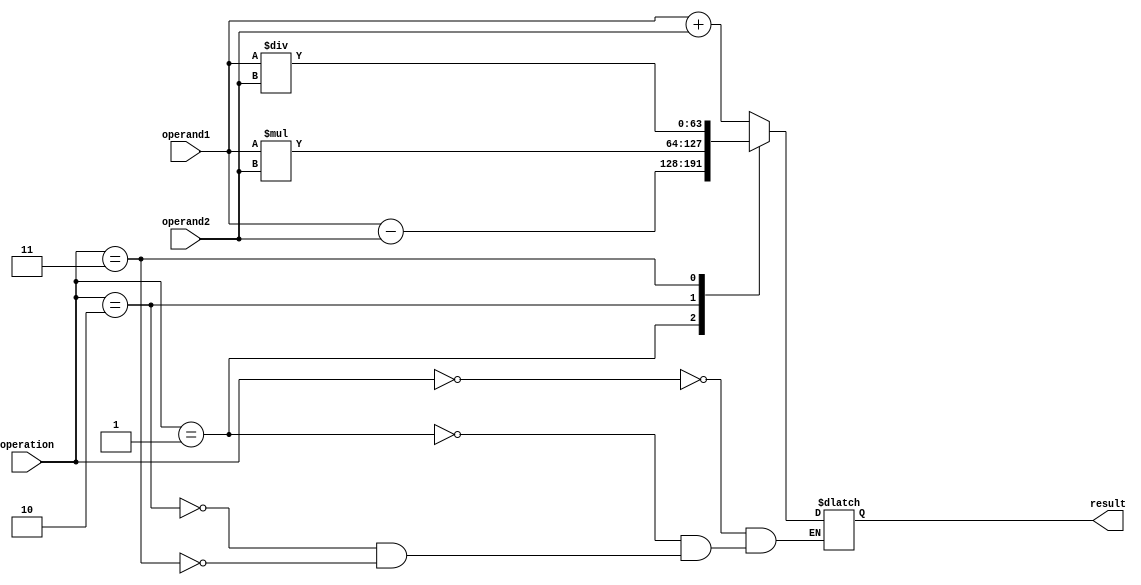
module arithmetic_block (
    input wire [63:0] operand1,
    input wire [63:0] operand2,
    input wire [2:0] operation,
    output wire [63:0] result
);

reg [63:0] temp_result;

always @(*) begin
    case(operation)
        3'b000: temp_result = operand1 + operand2; // addition
        3'b001: temp_result = operand1 - operand2; // subtraction
        3'b010: temp_result = operand1 * operand2; // multiplication
        3'b011: temp_result = operand1 / operand2; // division
    endcase
end

assign result = temp_result;

endmodule